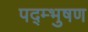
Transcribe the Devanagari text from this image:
पद्म्भुषण